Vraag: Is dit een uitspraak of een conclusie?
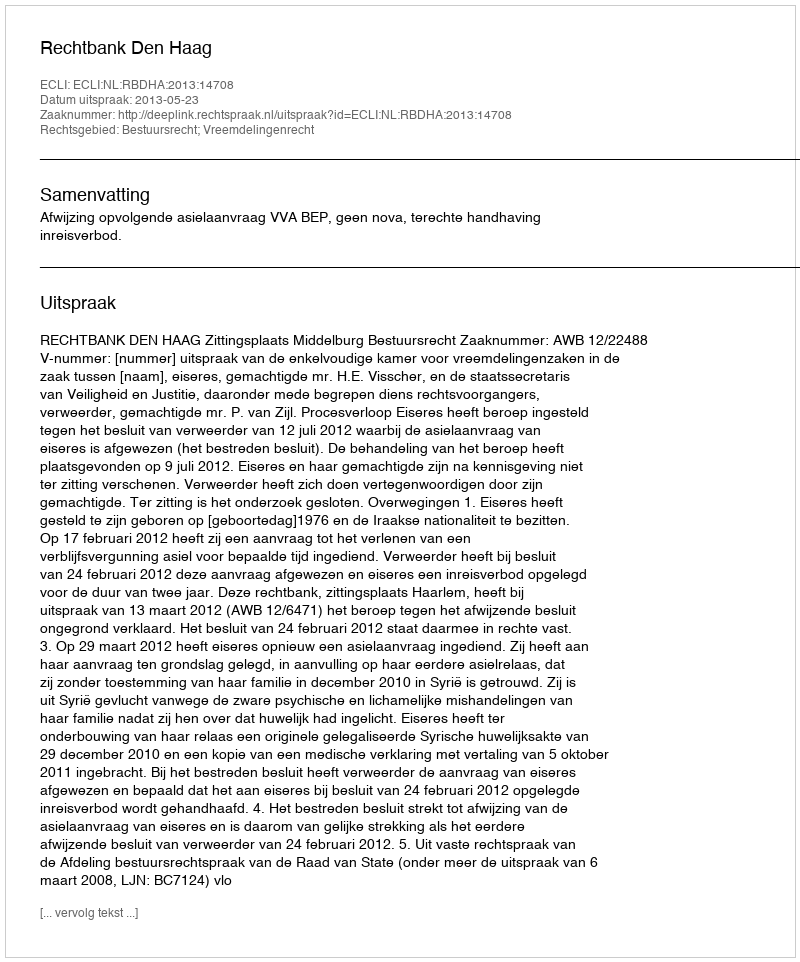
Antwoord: Uitspraak